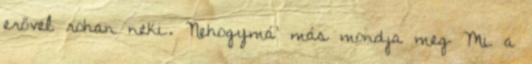
erővel rohan neki. Nehogymá’ más mondja meg Mi a